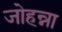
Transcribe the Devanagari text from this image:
जोहन्ना